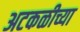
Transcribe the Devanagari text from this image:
अटकळीच्या